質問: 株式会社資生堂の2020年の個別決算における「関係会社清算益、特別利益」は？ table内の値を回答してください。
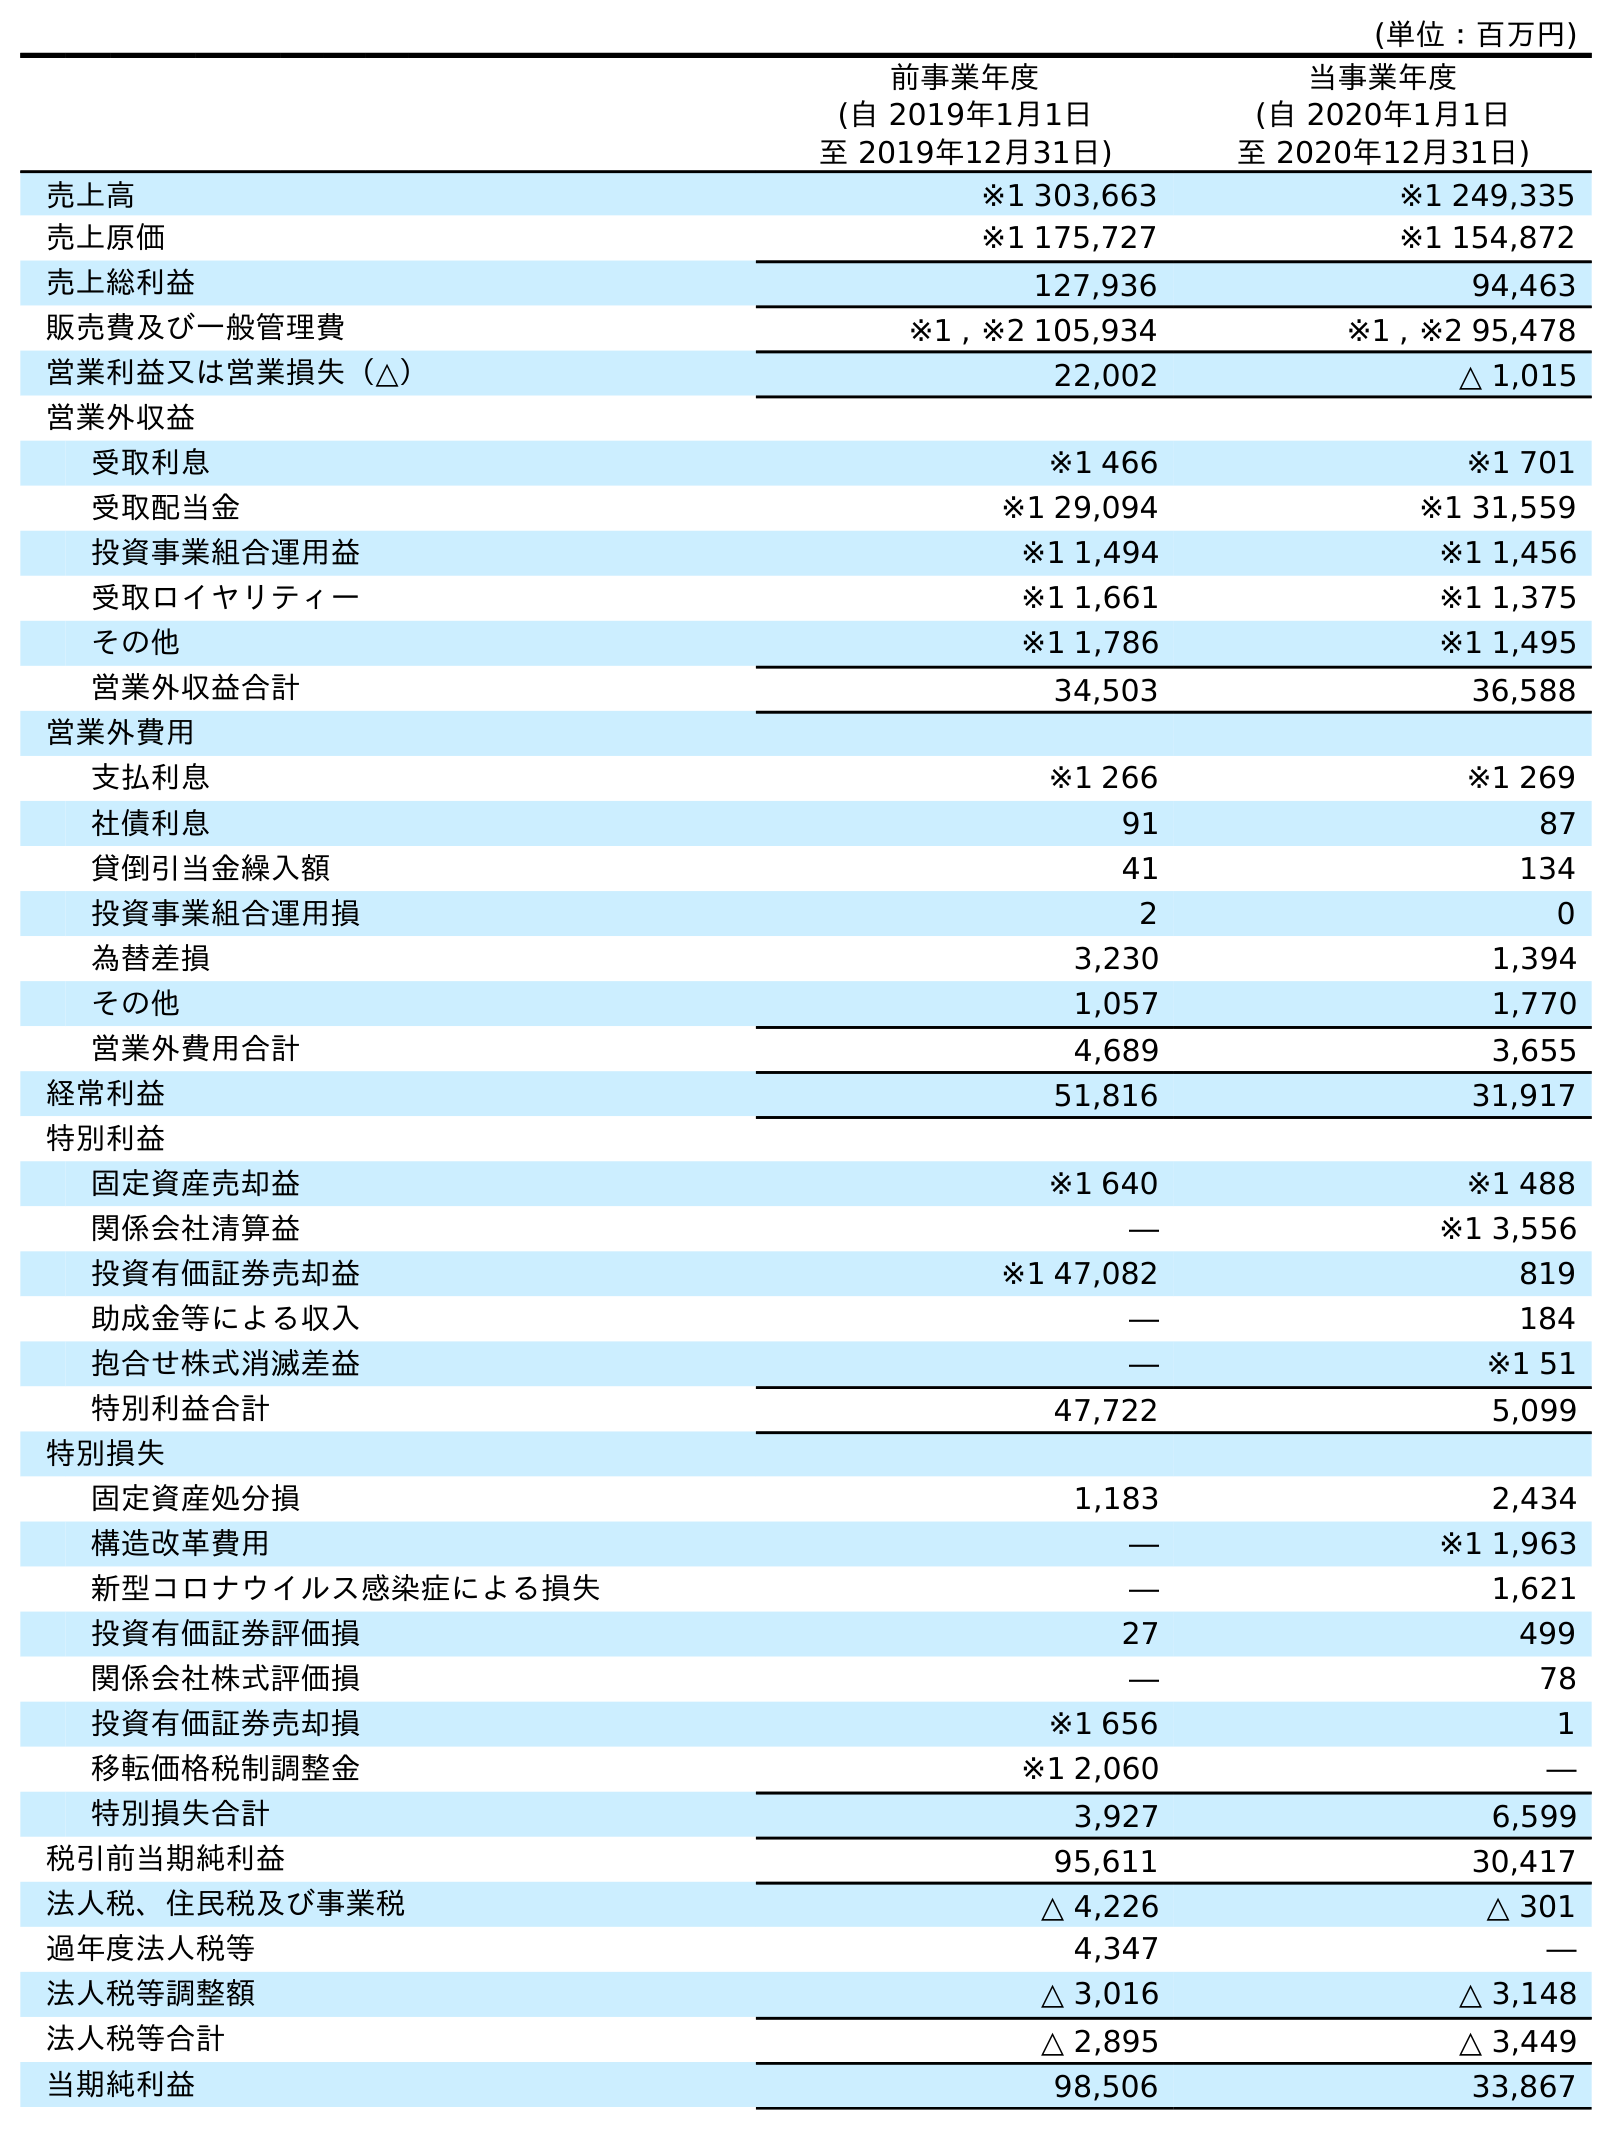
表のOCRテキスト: (単位：百万円) 前事業年度 (自 2019年1月1日 至 2019年12月31日) 当事業年度 (自 2020年1月1日 至 2020年12月31日) 売上高 ※1 303,663 ※1 249,335 売上原価 ※1 175,727 ※1 154,872 売上総利益 127,936 94,463 販売費及び一般管理費 ※1 , ※2 105,934 ※1 , ※2 95,478 営業利益又は営業損失（△） 22,002 △ 1,015 営業外収益 受取利息 ※1 466 ※1 701 受取配当金 ※1 29,094 ※1 31,559 投資事業組合運用益 ※1 1,494 ※1 1,456 受取ロイヤリティー ※1 1,661 ※1 1,375 その他 ※1 1,786 ※1 1,495 営業外収益合計 34,503 36,588 営業外費用 支払利息 ※1 266 ※1 269 社債利息 91 87 貸倒引当金繰入額 41 134 投資事業組合運用損 2 0 為替差損 3,230 1,394 その他 1,057 1,770 営業外費用合計 4,689 3,655 経常利益 51,816 31,917 特別利益 固定資産売却益 ※1 640 ※1 488 関係会社清算益 ― ※1 3,556 投資有価証券売却益 ※1 47,082 819 助成金等による収入 ― 184 抱合せ株式消滅差益 ― ※1 51 特別利益合計 47,722 5,099 特別損失 固定資産処分損 1,183 2,434 構造改革費用 ― ※1 1,963 新型コロナウイルス感染症による損失 ― 1,621 投資有価証券評価損 27 499 関係会社株式評価損 ― 78 投資有価証券売却損 ※1 656 1 移転価格税制調整金 ※1 2,060 ― 特別損失合計 3,927 6,599 税引前当期純利益 95,611 30,417 法人税、住民税及び事業税 △ 4,226 △ 301 過年度法人税等 4,347 ― 法人税等調整額 △ 3,016 △ 3,148 法人税等合計 △ 2,895 △ 3,449 当期純利益 98,506 33,867
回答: ※13,556